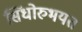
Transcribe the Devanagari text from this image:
सिंधोरुभयत